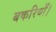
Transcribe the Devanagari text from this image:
बकरियाँ।